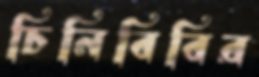
চিনিবিবির